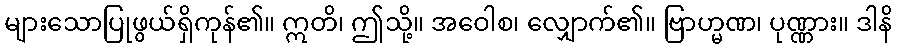
များသောပြုဖွယ်ရှိကုန်၏။ ဣတိ၊ ဤသို့။ အဝေါစ၊ လျှောက်၏။ ဗြာဟ္မဏ၊ ပုဏ္ဏား။ ဒါနိ